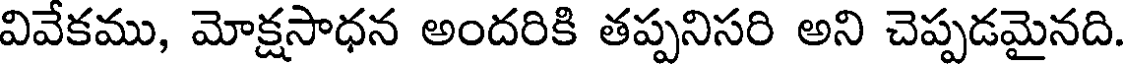
వివేకము, మోక్షసాధన అందరికి తప్పనిసరి అని చెప్పడమైనది